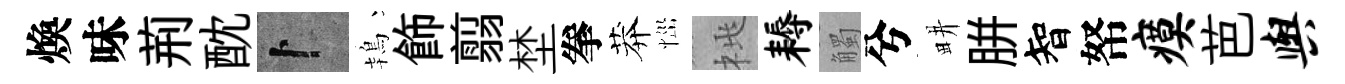
煥味荊酖卜鴇飾翦埜拳莽𢙉桃耨觸兮畊胼智帑瘼芭舆